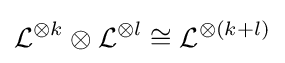
{\mathcal {L}}^{\otimes k}\otimes {\mathcal {L}}^{\otimes l}\cong {\mathcal {L}}^{\otimes (k+l)}